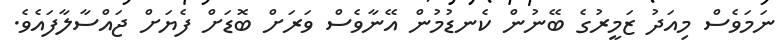
ނަމަވެސް މިއަދު ޒަމީރުގެ ބޭނުން ކެނޑުމުން އޭނާވެސް ވަރަށް ބޮޑަށް ފެޔަށް ޖައްސާލާފައެވެ.